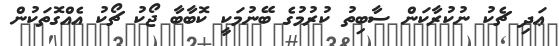
ޢަދި ޗެކު ނުކުރާކަން ސާބިތު ކުރުމުގެ ބޭނުމަކީ ކޮބާބާ ޖޯކު ޗޯކު އެއްގޮތަކުން